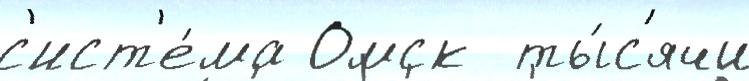
с'ист'е́ма Омск  ты́с'ячи